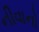
નીવાનો